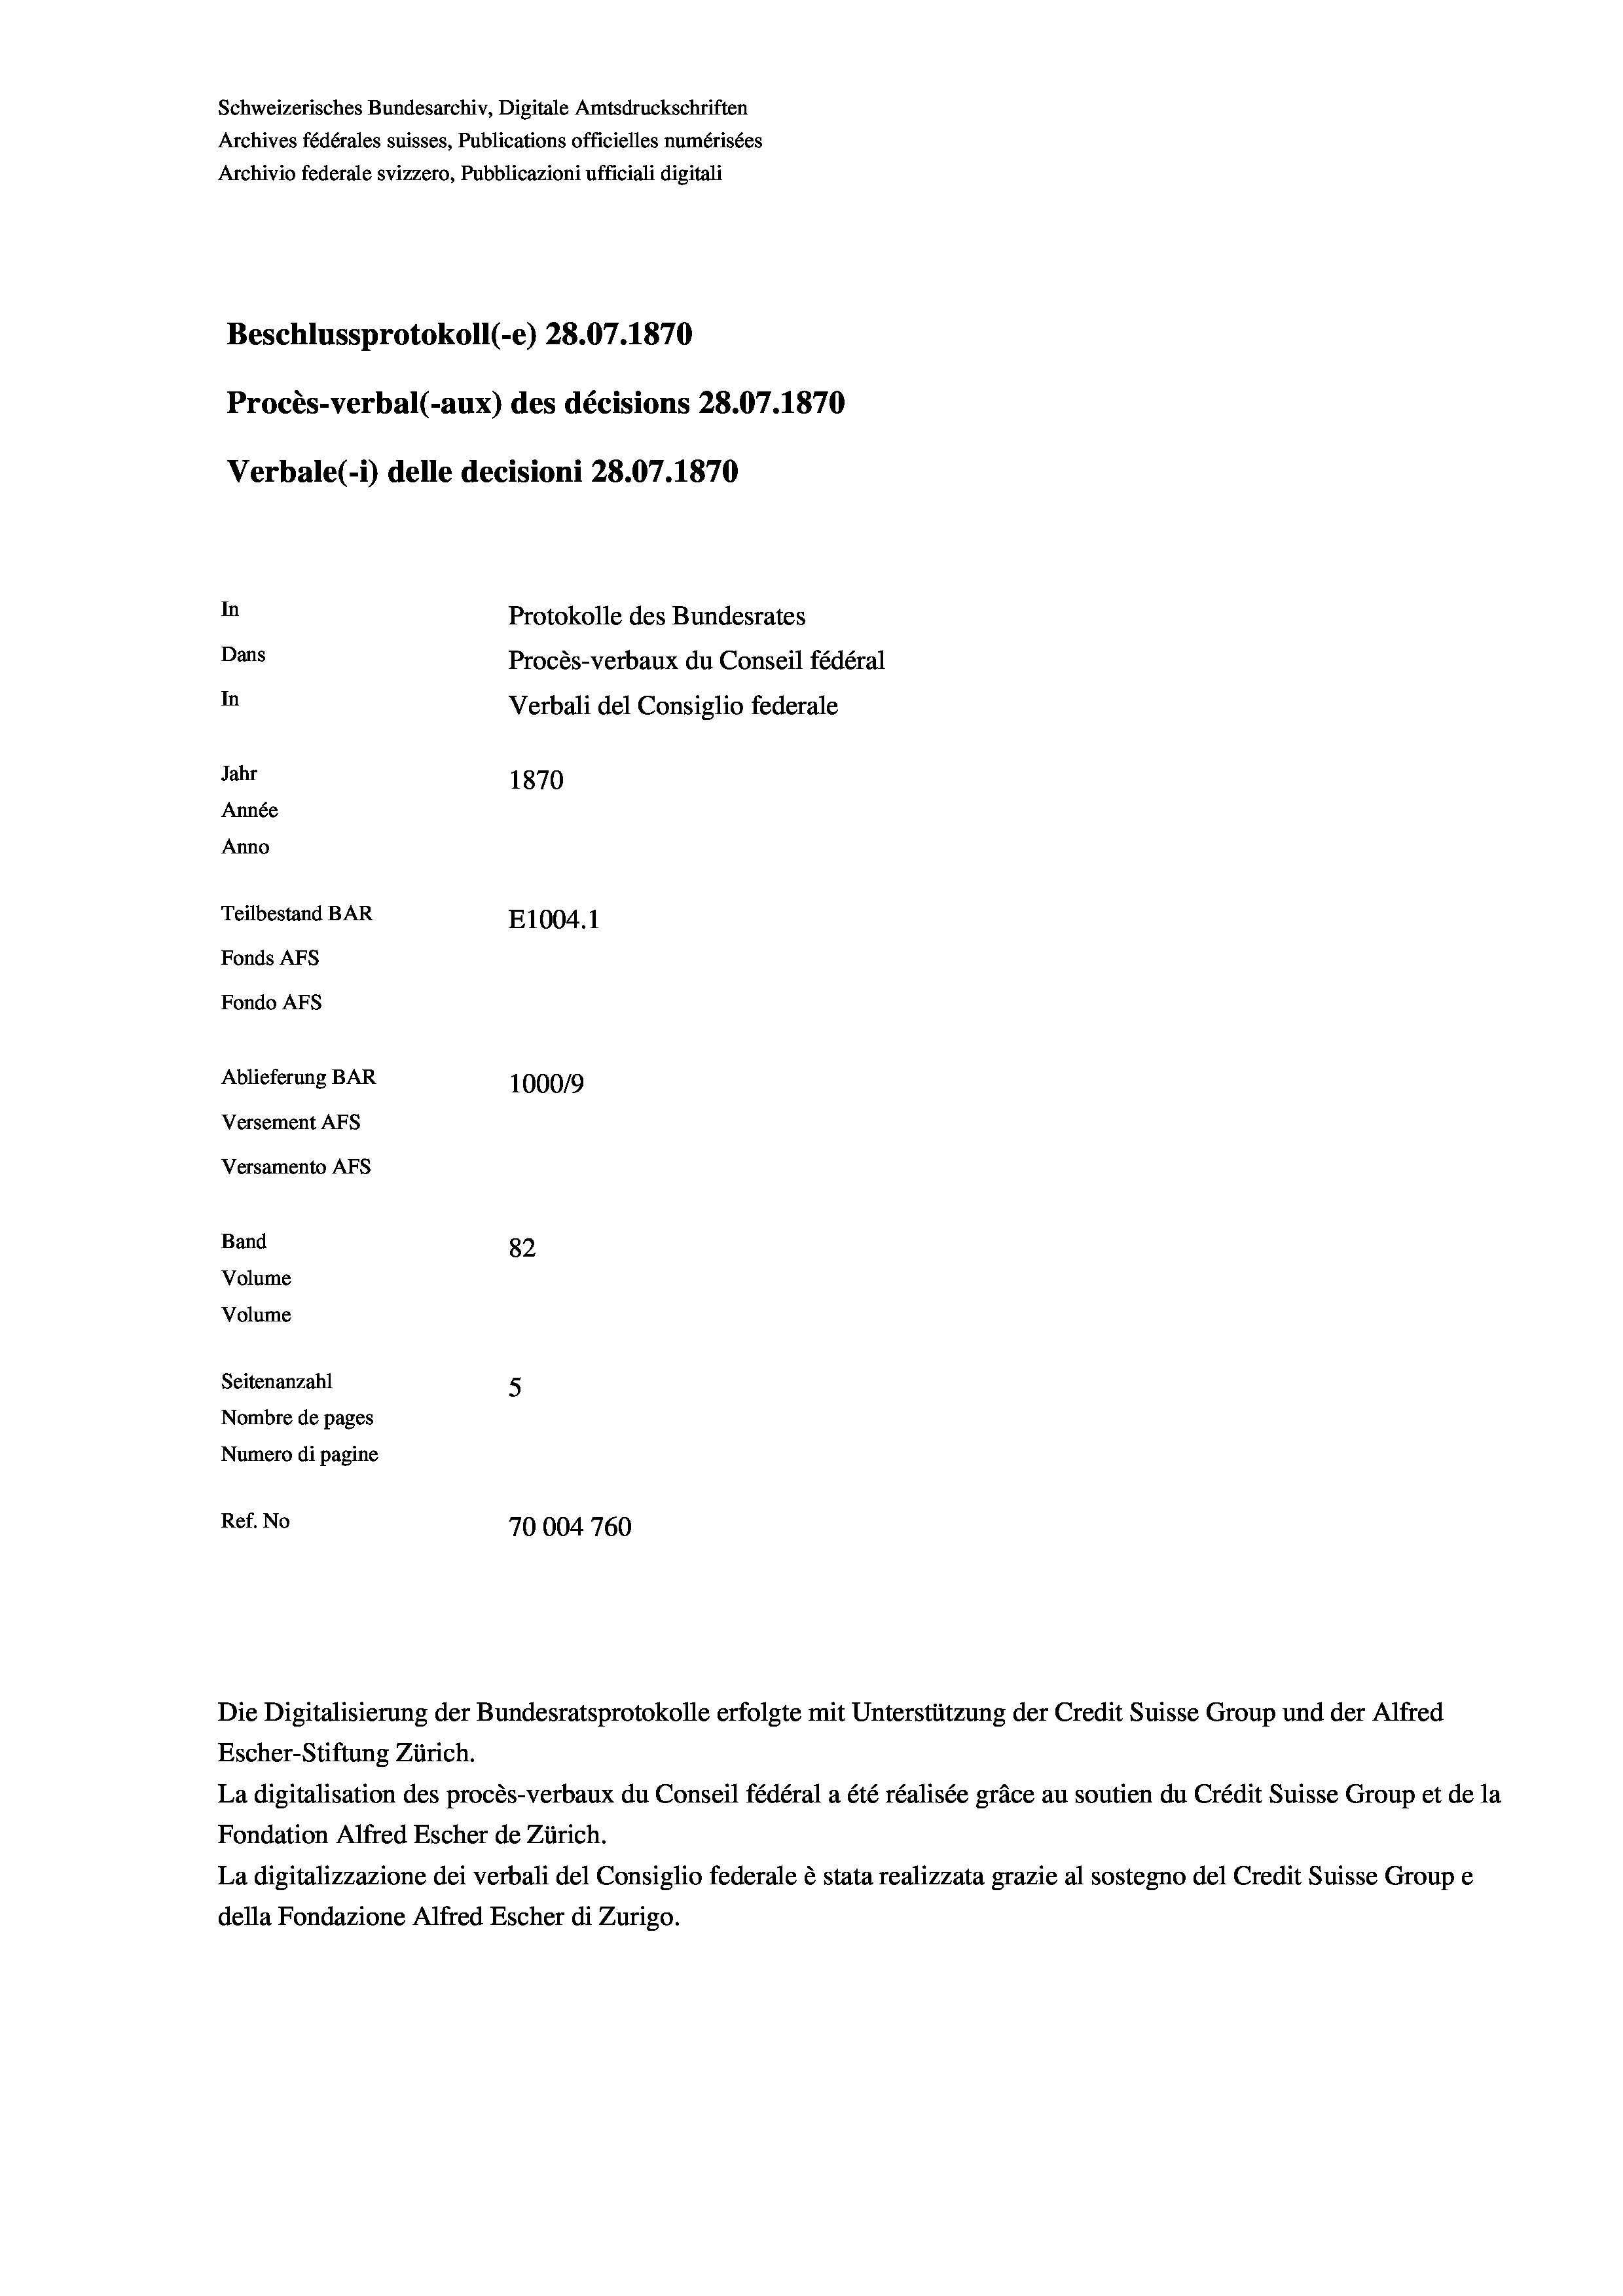
Schweizerisches Bundesarchiv, Digitale Amtsdruckschriften
Archives fédérales suisses, Publications officielles numérisées
Archivio federale svizzero, Pubblicazioni ufficiali digitali
Beschlussprotokoll (-e) 28.07. 1870
Procès-verbal (-aux) des décisions 28.07.1870
Verbale (1) delle decisioni 28.07. 1870
In
Protokolle des Bundesrates
Dans
Procès-verbaux du Conseil fédéral
In
Verbali del Consiglio federale
Jahr
1870
Année
Anno
Teilbestand BAR
E1004. 1
Fonds AEs
Fondo AFs
Ablieferung BAR
100019
Versement AFS
Versamento AFs
Band
82
Volume
Volume

Seitenanzahl
5
Nombre de pages
Numero di pagine
Ref. No
70004760

Escher-Stiftung Zürich.
La digitalisation des procès-verbaux du Conseil fédéral a été réalisée gräce au soutien du Crédit Suisse Group et de la
Fondation Alfred Escher de Zürich.
La digitalizzazione dei verbali del Consiglio federale è stata realizzata grazie al sostegno del Credit Suisse Groupe
della Fondazione Alfred Escher di Zurigo.

Die Digitalisierung der Bundesratsprotokolle erfolgte mit Unterstützung der Credit Suisse Group und der Alfred